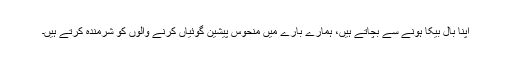
اپنا بال بیکا ہونے سے بچاتے ہیں، ہمارے بارے میں منحوس پیشین گوئیاں کرنے والوں کو شرمندہ کرتے ہیں۔